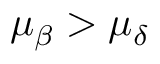
\mu _ { \beta } > \mu _ { \delta }